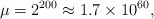
\begin{align*}\mu=2^{200}\approx1.7\times10^{60},\end{align*}